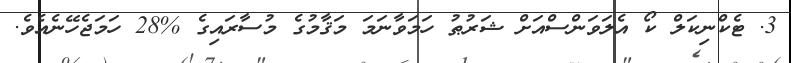
3. ޓެކްނިކަލް ކޯ އެލަވަންސްއަށް ޝަރުޠު ހަމަވާނަމަ މަޤާމުގެ މުސާރައިގެ %28 ހަމަޖެހޭނެއެވެ.